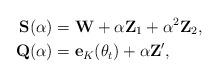
LaTeX: \begin{align*} {\bf S}(\alpha) & =\mathbf{W}+\alpha\mathbf{Z}_1+\alpha^2\mathbf{Z}_2, \\ {\bf Q}(\alpha) & =\mathbf{e}_{K}(\theta_t)+\alpha\mathbf{Z}', \end{align*}